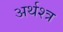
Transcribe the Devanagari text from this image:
अर्थश्त्र